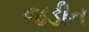
જડીત